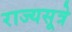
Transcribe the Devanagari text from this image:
राज्यसूत्रे